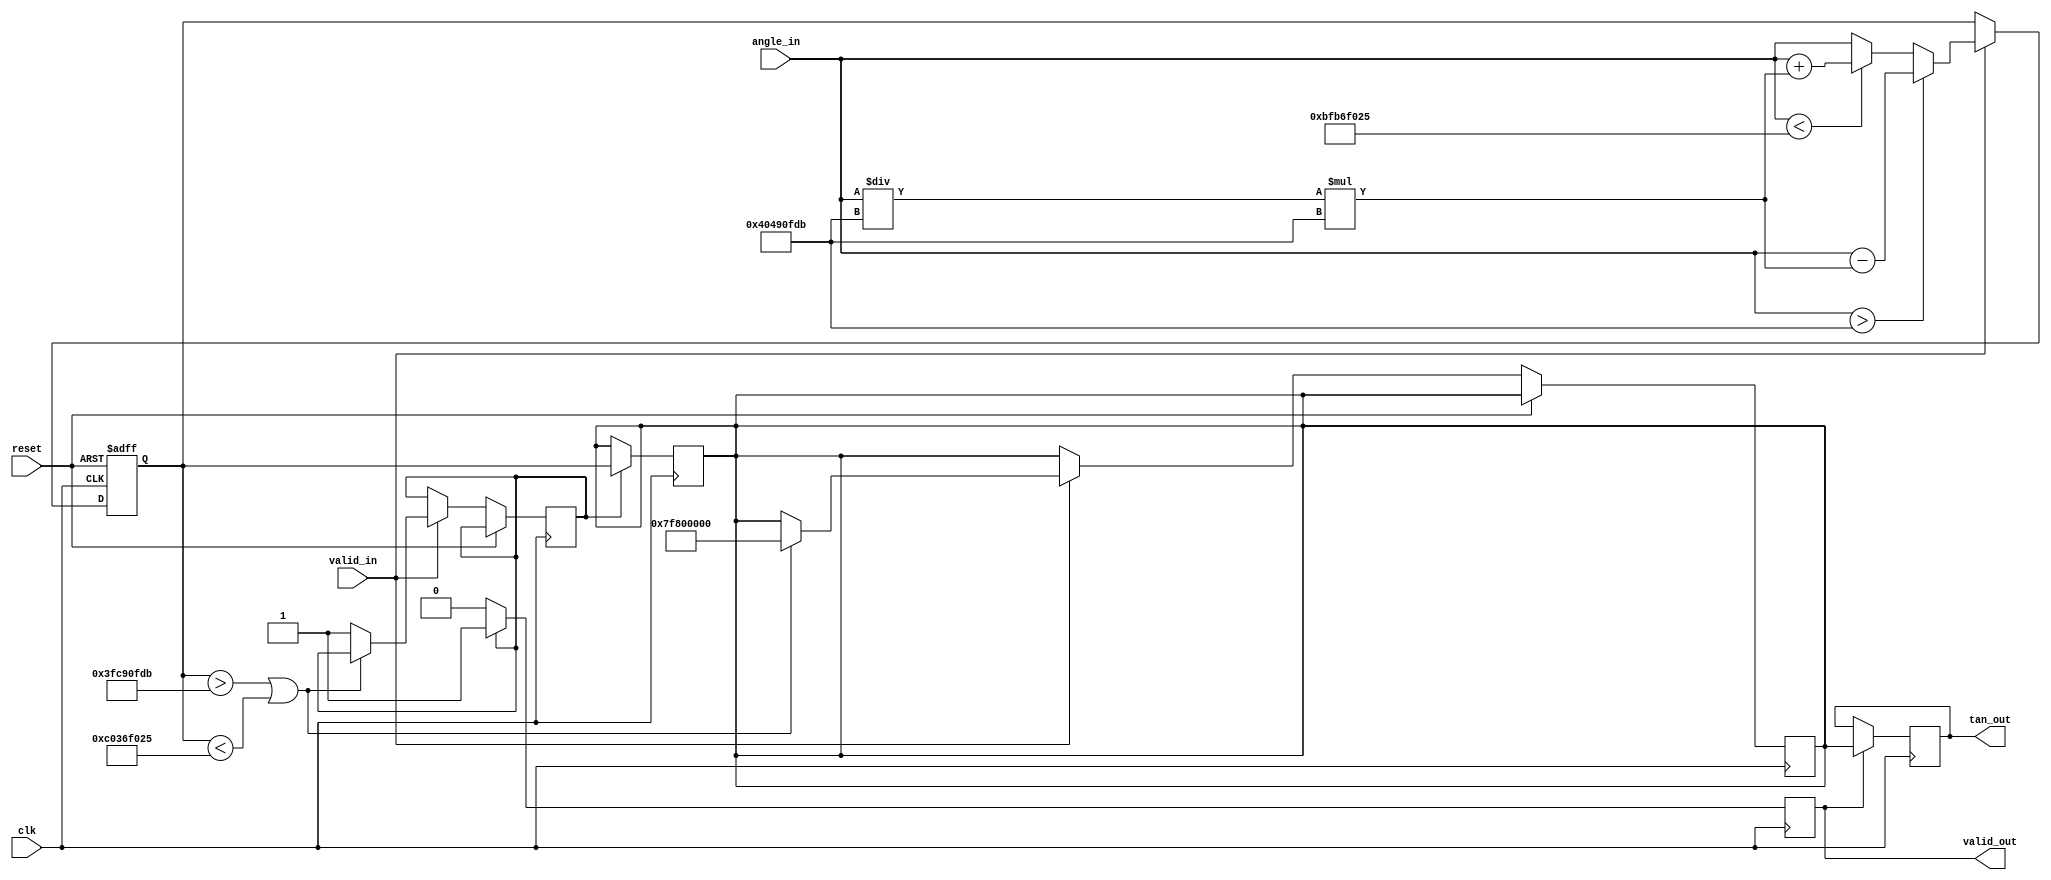
module tan_arithmetic_block (
    input wire clk,
    input wire reset,
    input wire valid_in,
    input wire [31:0] angle_in, // IEEE 754 floating-point representation
    output reg valid_out,
    output reg [31:0] tan_out // IEEE 754 floating-point representation
);

    // Internal signals
    reg [31:0] normalized_angle;
    reg [31:0] tan_value;
    reg compute_tan;

    // Constants
    parameter PI_OVER_2 = 32'h3FC90FDB; // /2 in IEEE 754
    parameter PI = 32'h40490FDB; //  in IEEE 754

    // Angle normalization
    always @(posedge clk or posedge reset) begin
        if (reset) begin
            normalized_angle <= 32'b0;
        end else if (valid_in) begin
            // Normalize angle to [-/2, /2]
            if (angle_in > PI) begin
                normalized_angle <= angle_in - (angle_in / PI) * PI; // Reduce angle
            end else if (angle_in < -PI) begin
                normalized_angle <= angle_in + (angle_in / PI) * PI; // Reduce angle
            end else begin
                normalized_angle <= angle_in;
            end

            // Check for undefined behavior
            if (normalized_angle > PI_OVER_2 || normalized_angle < -PI_OVER_2) begin
                tan_value <= 32'h7F800000; // Set to infinity (IEEE 754 representation)
            end else begin
                compute_tan <= 1'b1; // Trigger computation
            end
        end
    end

    // Compute tangent (placeholder for actual implementation)
    always @(posedge clk) begin
        if (compute_tan) begin
            // Implement CORDIC or Taylor series approximation here
            // For now, we will just set a dummy value
            tan_value <= normalized_angle; // Replace with actual tangent computation
            valid_out <= 1'b1; // Signal that output is valid
        end else begin
            valid_out <= 1'b0; // Output not valid
        end
    end

    // Output assignment
    always @(posedge clk) begin
        if (valid_out) begin
            tan_out <= tan_value;
        end
    end

endmodule